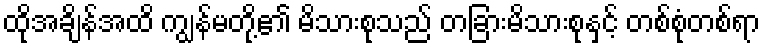
ထိုအချိန်အထိ ကျွန်မတို့၏ မိသားစုသည် တခြားမိသားစုနှင့် တစ်စုံတစ်ရာ